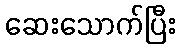
ဆေးသောက်ပြီး